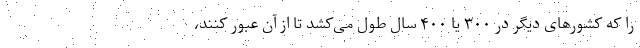
را که کشورهای دیگر در ۳۰۰ یا ۴۰۰ سال طول می‌کشد تا از آن عبور کنند،